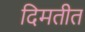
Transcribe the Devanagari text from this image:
दिमतीत